Civil Veterinary Dept. North-West Frontier Province 1933-46 - 1933-1946
Year: 1933
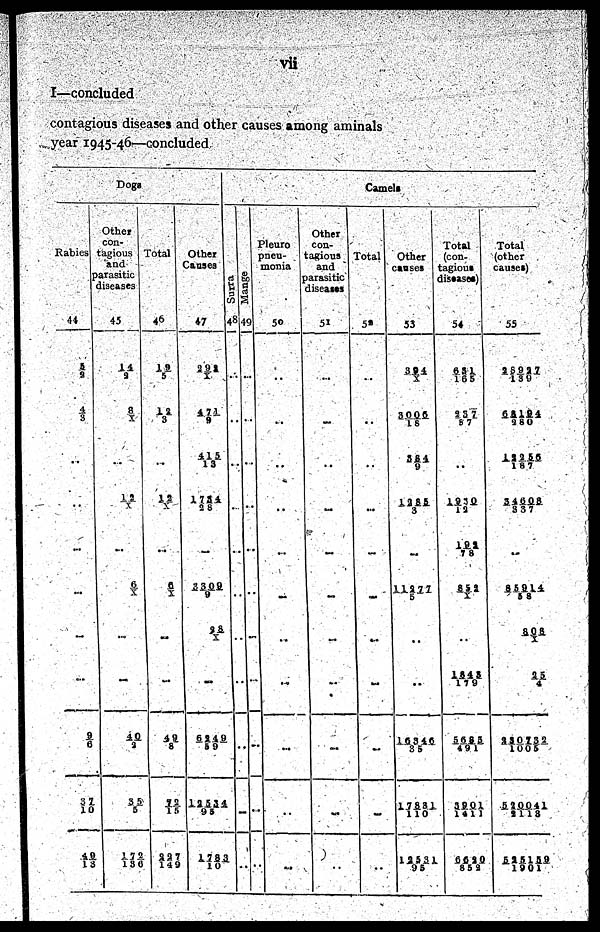
vii
I—concluded
contagious diseases and other causes among animals
year 1945-46—concluded
Dogs
Rabies
44
5/2
4/ 3
..
..
..
..
..
9/6
3 7/10
49/1 3
Other
con-
tagious
and
parasitic
diseases
45
1 4/2
8/ X
..
12/ X
..
6/X
..
..
4 0/2
3 5/5
1 7 2/ 1 3 6
Total
46
1 9/5
1 2/3
..
1 2/X
..
6/X
..
..
4 9/8
7 2/1 5
2 2 7/149
Other
Causes
47
2 9 2/X
4 7 1/9
4 1 5/13
1 7 3 4/2 8
..
3 3 0 9/9
2 8/X
..
6 2 4 9/59
1 2 5 3 4/95
1 7 8 3/10
Camels
Sur r a
48
..
..
..
..
..
..
..
..
..
..
..
Ma n g e
49
..
..
..
..
..
..
..
..
..
..
..
Pleuro
pneu-
monia
50
..
..
..
..
..
..
..
.. ..
..
..
Other
con-
tagious
and
parasitic
diseases
51
..
..
..
..
..
..
..
..
..
..
..
Total
52
..
..
..
..
..
..
..
..
..
..
..
Other
causes
53
394/X
3 0 0 6/1 8
5 8 4/9
1 2 8 5/3
..
1 1 2 7 7 /5
..
..
1 6 3 4 6/35
17831/1
10
12531/95
Total
(con-
tagious
diseases)
54
6 3 1/165
2 5 7/57
..
1 9 3 0/1 2
1 9 3/7 8
3 5 2/X
1 8 4 5/1 7 9
5 6 8 5/ 49 1
3 9 0 1/1 4 1 1
6 6 2 0/852
Total
(other
causes)
55
2 8 9 2 7/139
6 5 1 9 4/2 8 0
1 2 2 5 6/ 1 8 7
3 4 6 0 8/3 3 7
..
8 5 9 1 4 /5 8
8 0 8/X
25/4
2 3 0 7 3 2/1005
5 9 0 0 4 1/2113
5 2 5 1 5 9/1901